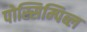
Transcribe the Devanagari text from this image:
पोस्सिम्पिब्ल